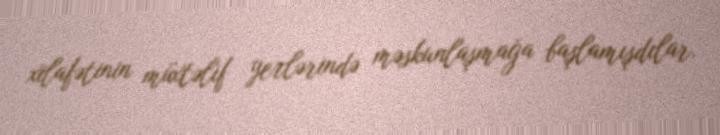
xilafətinin müxtəlif yerlərində məskunlaşmağa başlamışdılar.